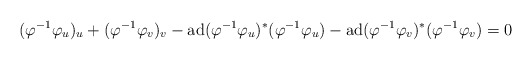
\begin{align*}(\varphi^{-1}\varphi_u)_u+(\varphi^{-1}\varphi_v)_v-{\rm ad}(\varphi^{-1}\varphi_u)^*(\varphi^{-1}\varphi_u)-{\rm ad}(\varphi^{-1}\varphi_v)^*(\varphi^{-1}\varphi_v)=0\end{align*}